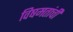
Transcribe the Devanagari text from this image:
विषमतांची